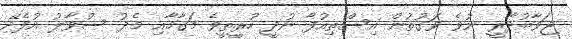
ޖަވާބުދާރީ ނުވެ ވަގުތުން އިސްތިއުފާ ނުދީ ހުރީތީވެ މަގާމާއި މެދު ސުވާލު އުފެދޭ